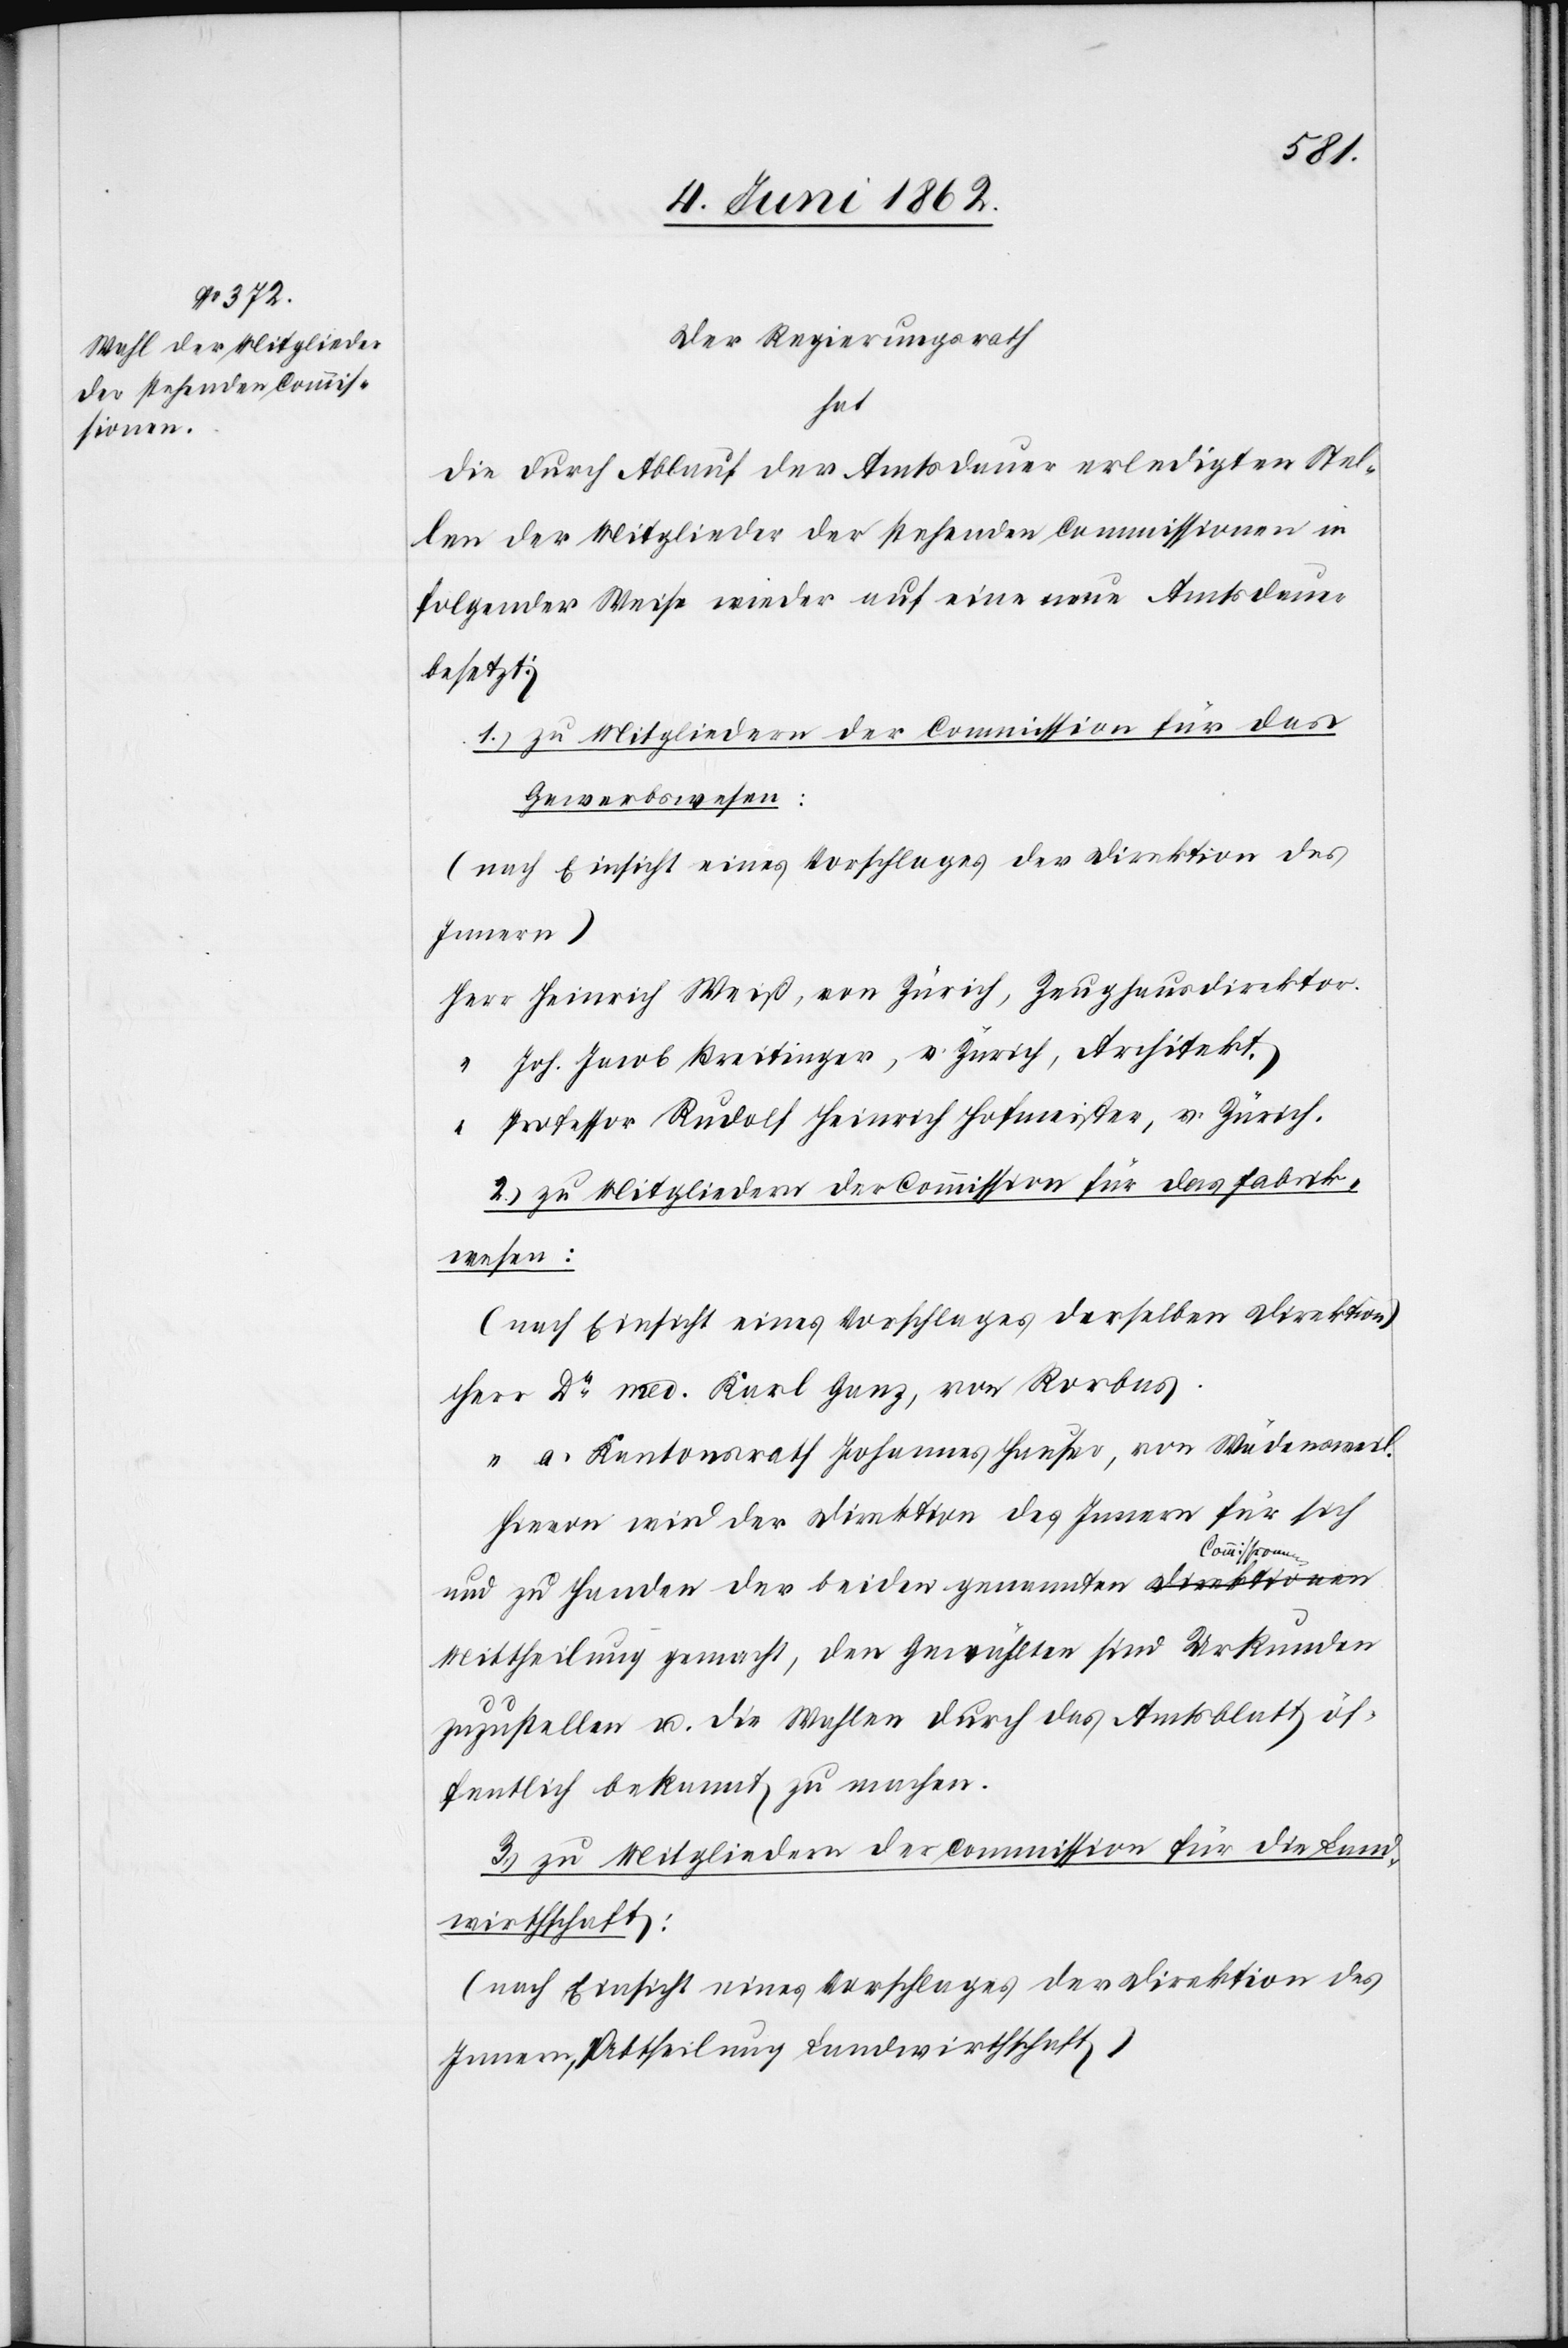
Der Regierungsrath
hat
die durch Ablauf der Amtsdauer erledigten Stel¬
len der Mitglieder der stehenden Commissionen in
folgender Weise wieder auf eine neue Amtsdauer
besetzt:
1. zu Mitgliedern der Commission für das
Gewerbswesen:
(nach Einsicht eines Vorschlages der Direktion des
Innern)
Heinrich Weiß, von Zürich, Zeughausdirektor.
Joh. Jacob Breitinger, v. Zürich, Architekt.
Professor Rudolf Heinrich Hofmeister, v. Zürich.
2. zu Mitgliedern der Commission für das Fabrik¬
wesen:
(nach Einsicht eines Vorschlages derselben Direktion)
Dr. med. Karl Ganz, von Rorbas.
a. Kantonsrath Johannes Hauser, von Wädensweil.
Hievon wird der Direktion des Innern für sich
und zu Handen der beiden genannten Commissionen
Mittheilung gemacht, den Gewählten sind Urkunden
zuzustellen u. die Wahlen durch das Amtsblatt öf¬
fentlich bekannt zu machen.
3. zu Mitgliedern der Commission für die Land¬
wirthschaft:
(nach Einsicht eines Vorschlages der Direktion des
Innern, Abtheilung Landwirtschaft)